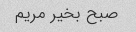
صبح بخیر مریم